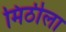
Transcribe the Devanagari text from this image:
मिठीला